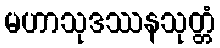
မဟာသုဒဿနသုတ္တံ